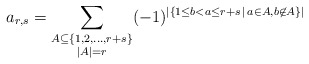
\begin{align*}a_{r,s}=\sum_{\substack{A\subseteq \{1,2,\ldots, r+s\}\\ |A|=r}}(-1)^{|\{1\le b<a\le r+s\,|\,a\in A, b\not\in A\}|}\end{align*}